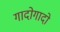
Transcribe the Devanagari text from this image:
गादोगादो